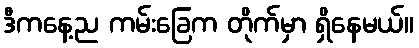
ဒီကနေ့ည ကမ်းခြေက တိုက်မှာ ရှိနေမယ်။